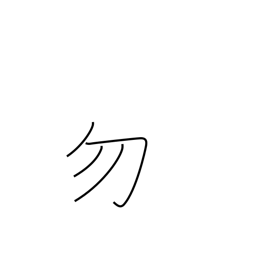
Meaning: do not